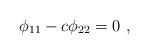
LaTeX: \begin{align*} \phi_{11} - c\phi_{22} = 0 \ , \end{align*}